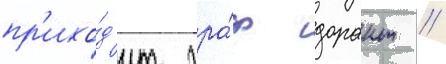
пр'ихо́д'ит гра́ф дорант //